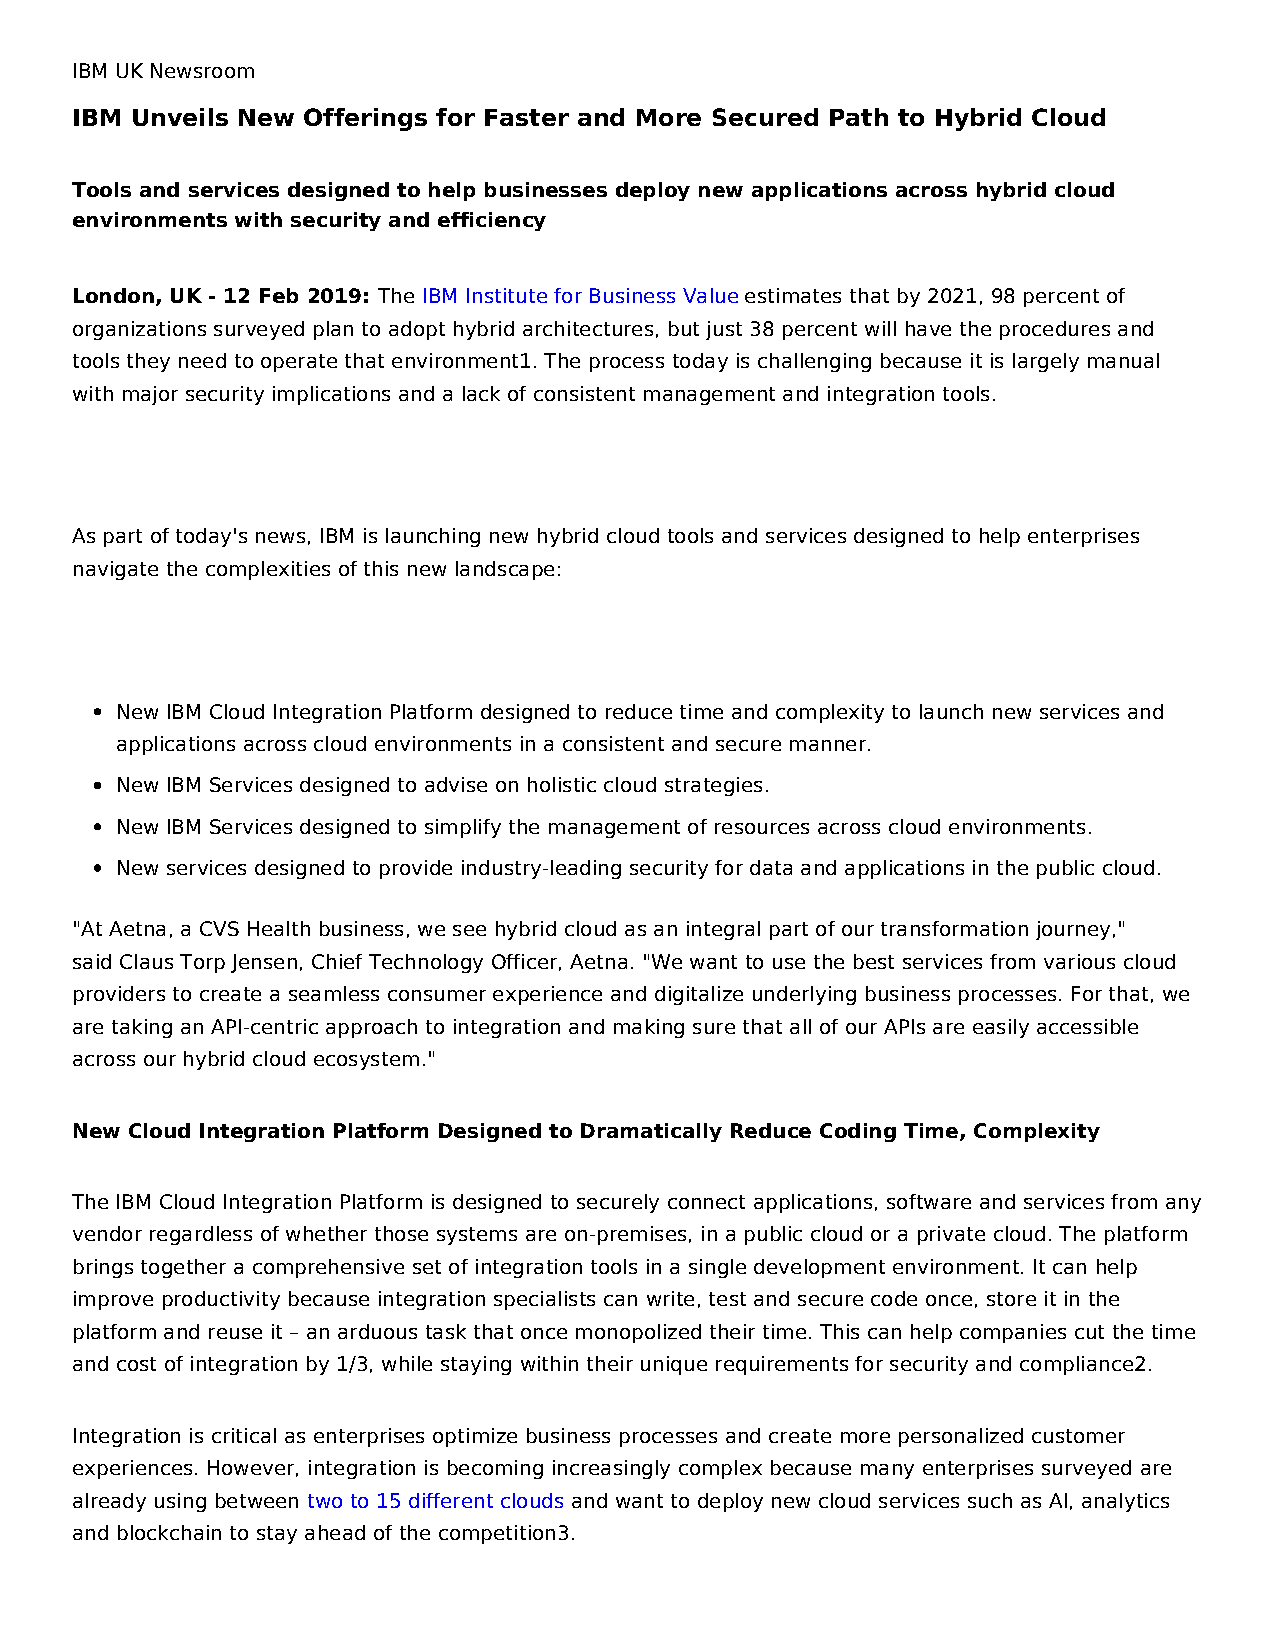
IBM UK Newsroom
 IBM Unveils New Offerings for Faster and More Secured Path to Hybrid Cloud
 Tools and services designed to help businesses deploy new applications across hybrid cloud
 environments with security and efficiency
 London, UK - 12 Feb 2019: The IBM Institute for Business Value estimates that by 2021, 98 percent of
 organizations surveyed plan to adopt hybrid architectures, but just 38 percent will have the procedures and
 tools they need to operate that environment1. The process today is challenging because it is largely manual
 with major security implications and a lack of consistent management and integration tools.
 As part of today's news, IBM is launching new hybrid cloud tools and services designed to help enterprises
 navigate the complexities of this new landscape:
 New IBM Cloud Integration Platform designed to reduce time and complexity to launch new services and
 applications across cloud environments in a consistent and secure manner.
 New IBM Services designed to advise on holistic cloud strategies.
 New IBM Services designed to simplify the management of resources across cloud environments.
 New services designed to provide industry-leading security for data and applications in the public cloud.
 "At Aetna, a CVS Health business, we see hybrid cloud as an integral part of our transformation journey,"
 said Claus Torp Jensen, Chief Technology Officer, Aetna. "We want to use the best services from various cloud
 providers to create a seamless consumer experience and digitalize underlying business processes. For that, we
 are taking an API-centric approach to integration and making sure that all of our APIs are easily accessible
 across our hybrid cloud ecosystem."
 New Cloud Integration Platform Designed to Dramatically Reduce Coding Time, Complexity
 The IBM Cloud Integration Platform is designed to securely connect applications, software and services from any
 vendor regardless of whether those systems are on-premises, in a public cloud or a private cloud. The platform
 brings together a comprehensive set of integration tools in a single development environment. It can help
 improve productivity because integration specialists can write, test and secure code once, store it in the
 platform and reuse it – an arduous task that once monopolized their time. This can help companies cut the time
 and cost of integration by 1/3, while staying within their unique requirements for security and compliance2.
 Integration is critical as enterprises optimize business processes and create more personalized customer
 experiences. However, integration is becoming increasingly complex because many enterprises surveyed are
 already using between two to 15 different clouds and want to deploy new cloud services such as AI, analytics
 and blockchain to stay ahead of the competition3.